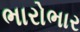
ભારોભાર